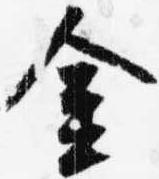
金